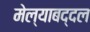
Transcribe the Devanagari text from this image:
मेल्याबद्दल